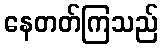
နေတတ်ကြသည်